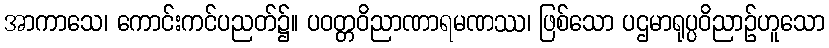
အာကာသေ၊ ကောင်းကင်ပညတ်၌။ ပဝတ္တဝိညာဏာရမဏဿ၊ ဖြစ်သော ပဌမာရုပ္ပဝိညာဉ်ဟူသော